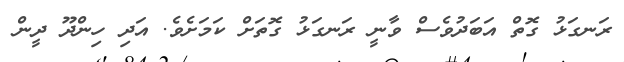
ރަނގަޅު ގޮތް އަބަދުވެސް ވާނީ ރަނގަޅު ގޮތަށް ކަމަށެވެ. އަދި ހިންދޫ ދީން